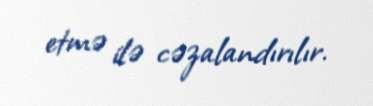
etmə ilə cəzalandırılır.